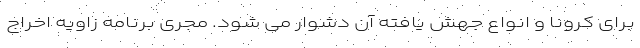
برای کرونا و انواع جهش یافته آن دشوار می شود. مجری برنامه زاویه اخراج